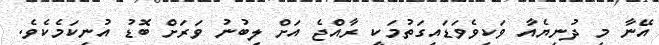
އޭނާ މި ދުނިޔެއާ ވަކިވެވަޑައިގަތުމަކީ ރާއްޖެ އަށް ލިބުނު ވަރަށް ބޮޑު އުނިކަމެކެވެ.